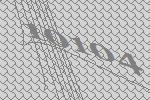
10104